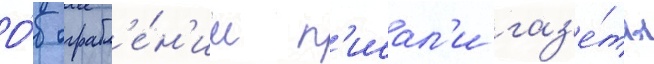
О́б ограбл'е́н'ии п'исал'и газ'е́ты